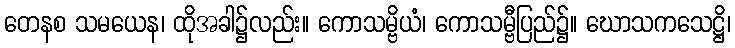
တေနစ သမယေန၊ ထိုအခါ၌လည်း။ ကောသမ္ဗိယံ၊ ကောသမ္ဗီပြည်၌။ ဃောသကသေဋ္ဌိ၊